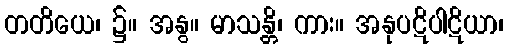
တတိယေ၊ ၌။ အနွ။ မာသန္တိ၊ ကား။ အနုပဋိပါဋိယာ၊